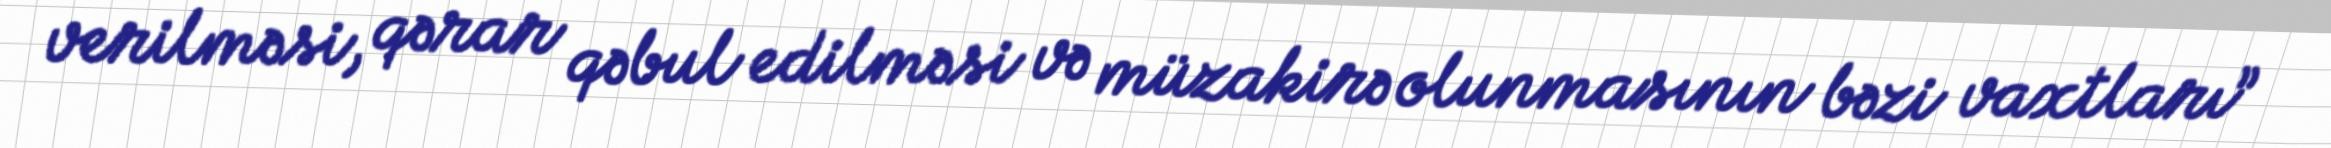
verilməsi, qərar qəbul edilməsi və müzakirə olunmasının bəzi vaxtları”